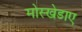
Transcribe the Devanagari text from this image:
मोस्खेडाए